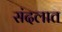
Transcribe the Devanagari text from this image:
संदलात